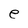
Character: e